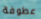
عطوفة